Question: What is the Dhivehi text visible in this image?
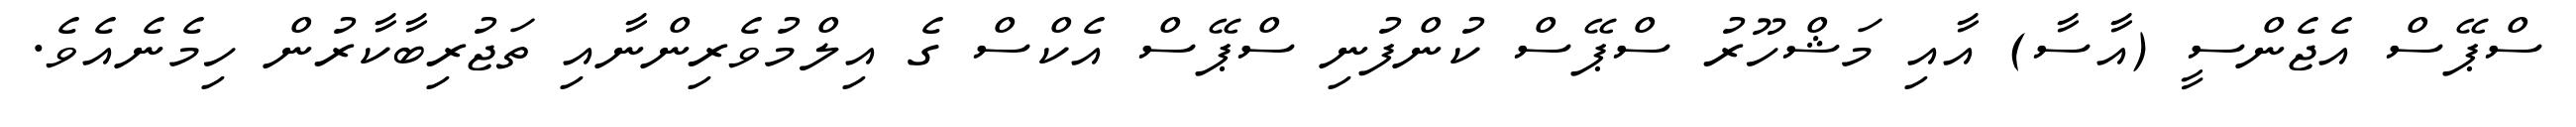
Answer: ސްޕޭސް އެޖެންސީ (އާސާ) އާއި މަޝްހޫރު ސްޕޭސް ކުންފުނި ސްޕޭސް އެކްސް ގެ އިލްމުވެރިންނާއި ތަޖުރިބާކާރުން ހިމެނެއެވެ.